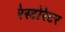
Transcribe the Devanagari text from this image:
रेस्टोरेटर